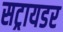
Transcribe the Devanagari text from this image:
सट्रायडर